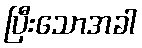
ပြီးသောအခါ